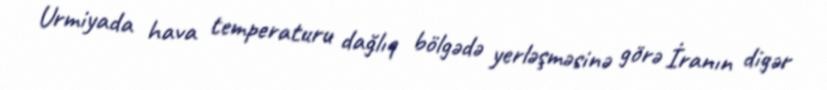
Urmiyada hava temperaturu dağlıq bölgədə yerləşməsinə görə İranın digər